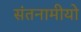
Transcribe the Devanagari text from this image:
संतनामीयो